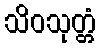
သိဝသုတ္တံ